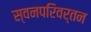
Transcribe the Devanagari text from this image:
स्वनपरिवर्तन